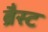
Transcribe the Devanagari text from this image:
ब्रैस्ट